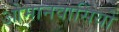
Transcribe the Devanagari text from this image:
ओमानवासियों